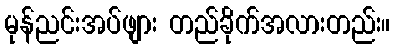
မုန်ညင်းအပ်ဖျား တည်ခိုက်အလားတည်း။